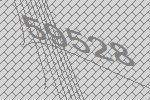
59528